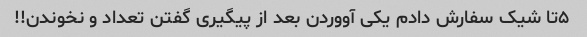
۵تا شیک سفارش دادم یکی آووردن بعد از پیگیری گفتن تعداد و نخوندن!!